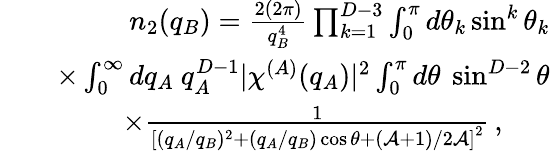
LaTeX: \begin{array}{rlr}&{}&{n_{2}(q_{B})=\frac{2(2\pi)}{q_{B}^{4}}\prod_{k=1}^{D-3}\int_{0}^{\pi}d\theta_{k}\sin^{k}\theta_{k}}\\ &{}&{\times\int_{0}^{\infty}dq_{A}\ q_{A}^{D-1}|\chi^{(A)}(q_{A})|^{2}\int_{0}^{\pi}d\theta\ \sin^{D-2}\theta}\\ &{}&{\times\frac{1}{\left[(q_{A}/q_{B})^{2}+(q_{A}/q_{B})\cos\theta+(\mathcal{A}+1)/2\mathcal{A}\right]^{2}}\, ,\ \ \ \ \ \ }\end{array}